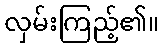
လှမ်းကြည့်၏။